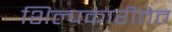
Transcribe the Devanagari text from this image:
शिल्पकारीतेत